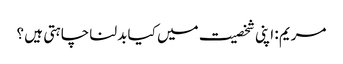
مریم : اپنی شخصیت میں کیا بدلنا چاہتی ہیں ؟